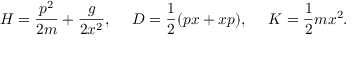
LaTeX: { \cal H } = { \frac { p ^ { 2 } } { 2 m } } + { \frac { g } { 2 x ^ { 2 } } } , \ \ \ \ { \cal D } = { \frac { 1 } { 2 } } ( p x + x p ) , \ \ \ \ { \cal K } = { \frac { 1 } { 2 } } m x ^ { 2 } .